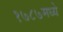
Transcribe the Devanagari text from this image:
१७८७मध्ये